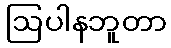
ဩပါနဘူတာ